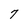
Character: 7